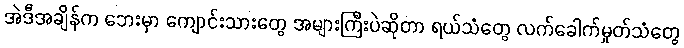
အဲဒီအချိန်က ဘေးမှာ ကျောင်းသားတွေ အများကြီးပဲဆိုတာ ရယ်သံတွေ လက်ခေါက်မှုတ်သံတွေ